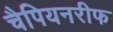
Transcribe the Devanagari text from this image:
चैपियनरीफ